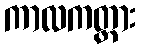
ကာလကတ္တား